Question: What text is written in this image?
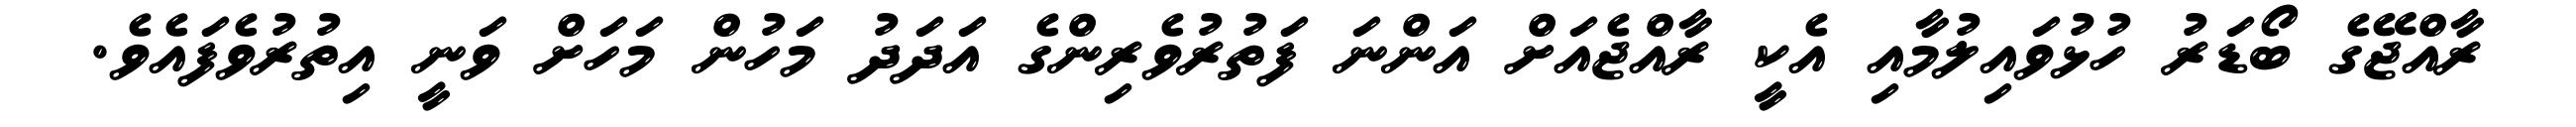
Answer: ރާއްޖޭގެ ބޯޑަރު ހުޅުވައިލުމާއި އެކީ ރާއްޖެއަށް އަންނަ ފަތުރުވެރިންގެ އަދަދު މަހުން މަހަށް ވަނީ އިތުރުވެފައެވެ.